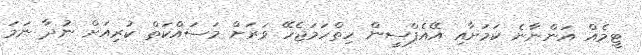
ޓީމެއް އަންނާނެ ކަމަށާއި އޭއެފްސީން ހިތްހަމަޖެހޭ ވަރަށް މަސައްކަތް ކުރިއަށް ނުދާ ނަމަ